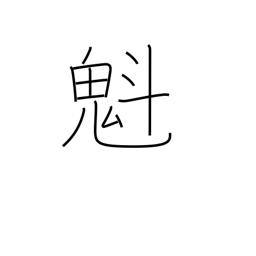
Meaning: charging ahead of others